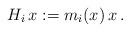
LaTeX: \begin{align*}H_i\, x:=m_i(x)\, x\,.\end{align*}